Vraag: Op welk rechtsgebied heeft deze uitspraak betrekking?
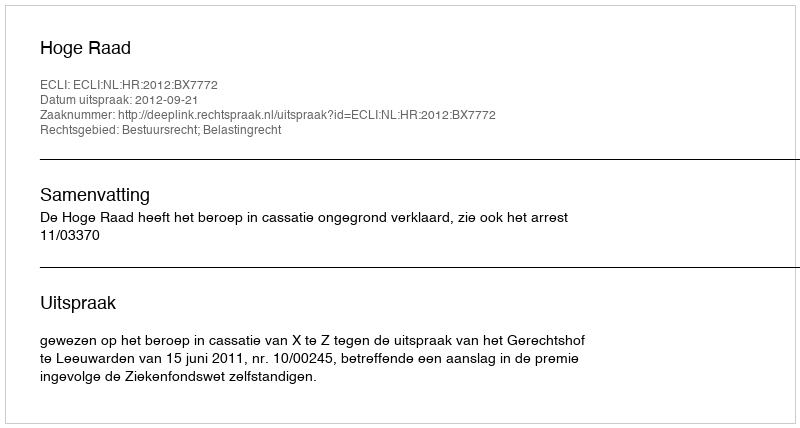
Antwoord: Bestuursrecht; Belastingrecht